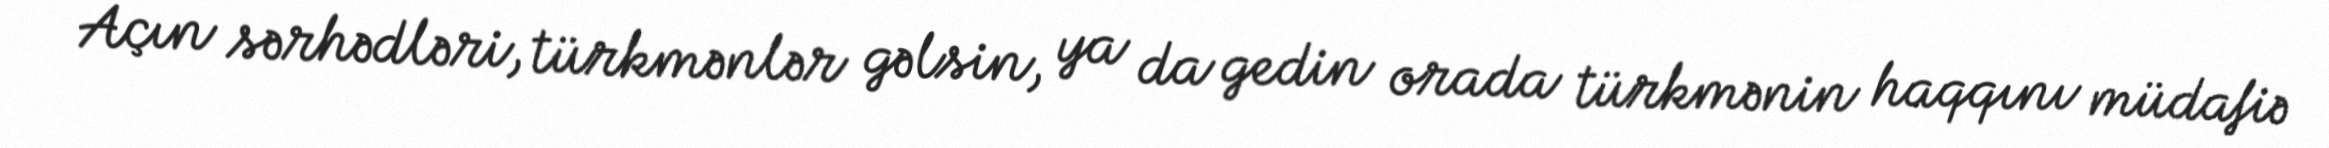
Açın sərhədləri, türkmənlər gəlsin, ya da gedin orada türkmənin haqqını müdafiə